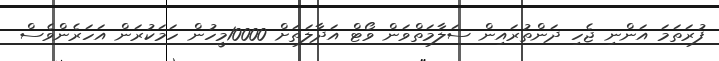
ފުރަތަމަ އަންނި ޖެހި ދަންތުރައިން ސަލާމަތްވަން ވޯޓް އަދާލަތަށް 10000މީހުން ހަމަކުރަން އަހަރެންވެސް